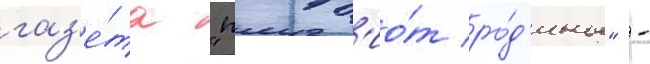
газ'е́та "патр'ио́т ро́д'ины" -